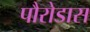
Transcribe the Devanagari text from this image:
पौरोडास